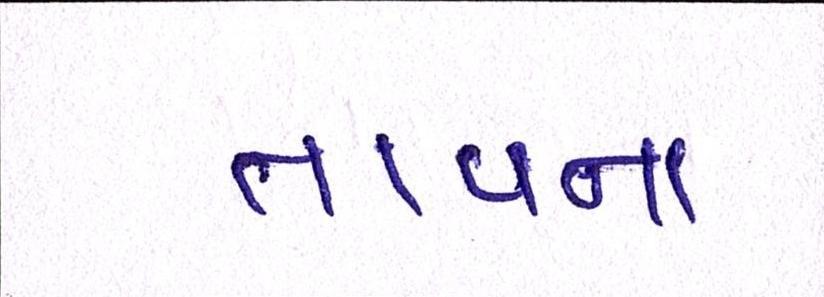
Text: તાવના